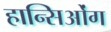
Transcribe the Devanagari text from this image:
हान्सिओंग